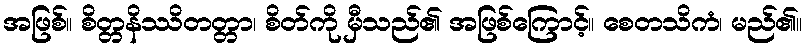
အဖြစ်။ စိတ္တနိဿိတတ္တာ၊ စိတ်ကို မှီသည်၏ အဖြစ်ကြောင့်။ စေတသိကံ၊ မည်၏။